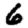
Digit: 6